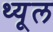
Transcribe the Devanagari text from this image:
थ्यूल